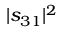
| s _ { 3 1 } | ^ { 2 }